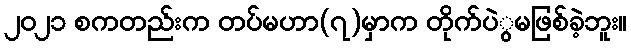
၂၀၂၁ စကတည်းက တပ်မဟာ(၇)မှာက တိုက်ပဲွမဖြစ်ခဲ့ဘူး။